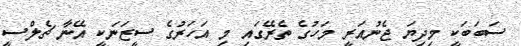
ސަބަބަކީ މިދިޔަ ޖެނުއަރީ މަހުގެ ތެރޭގައި މި އަހަރުގެ ސީޒަނަކީ އޭނާ ޗެލްސީ